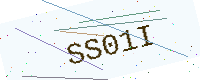
Text: SS01I